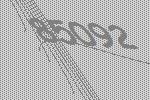
85092